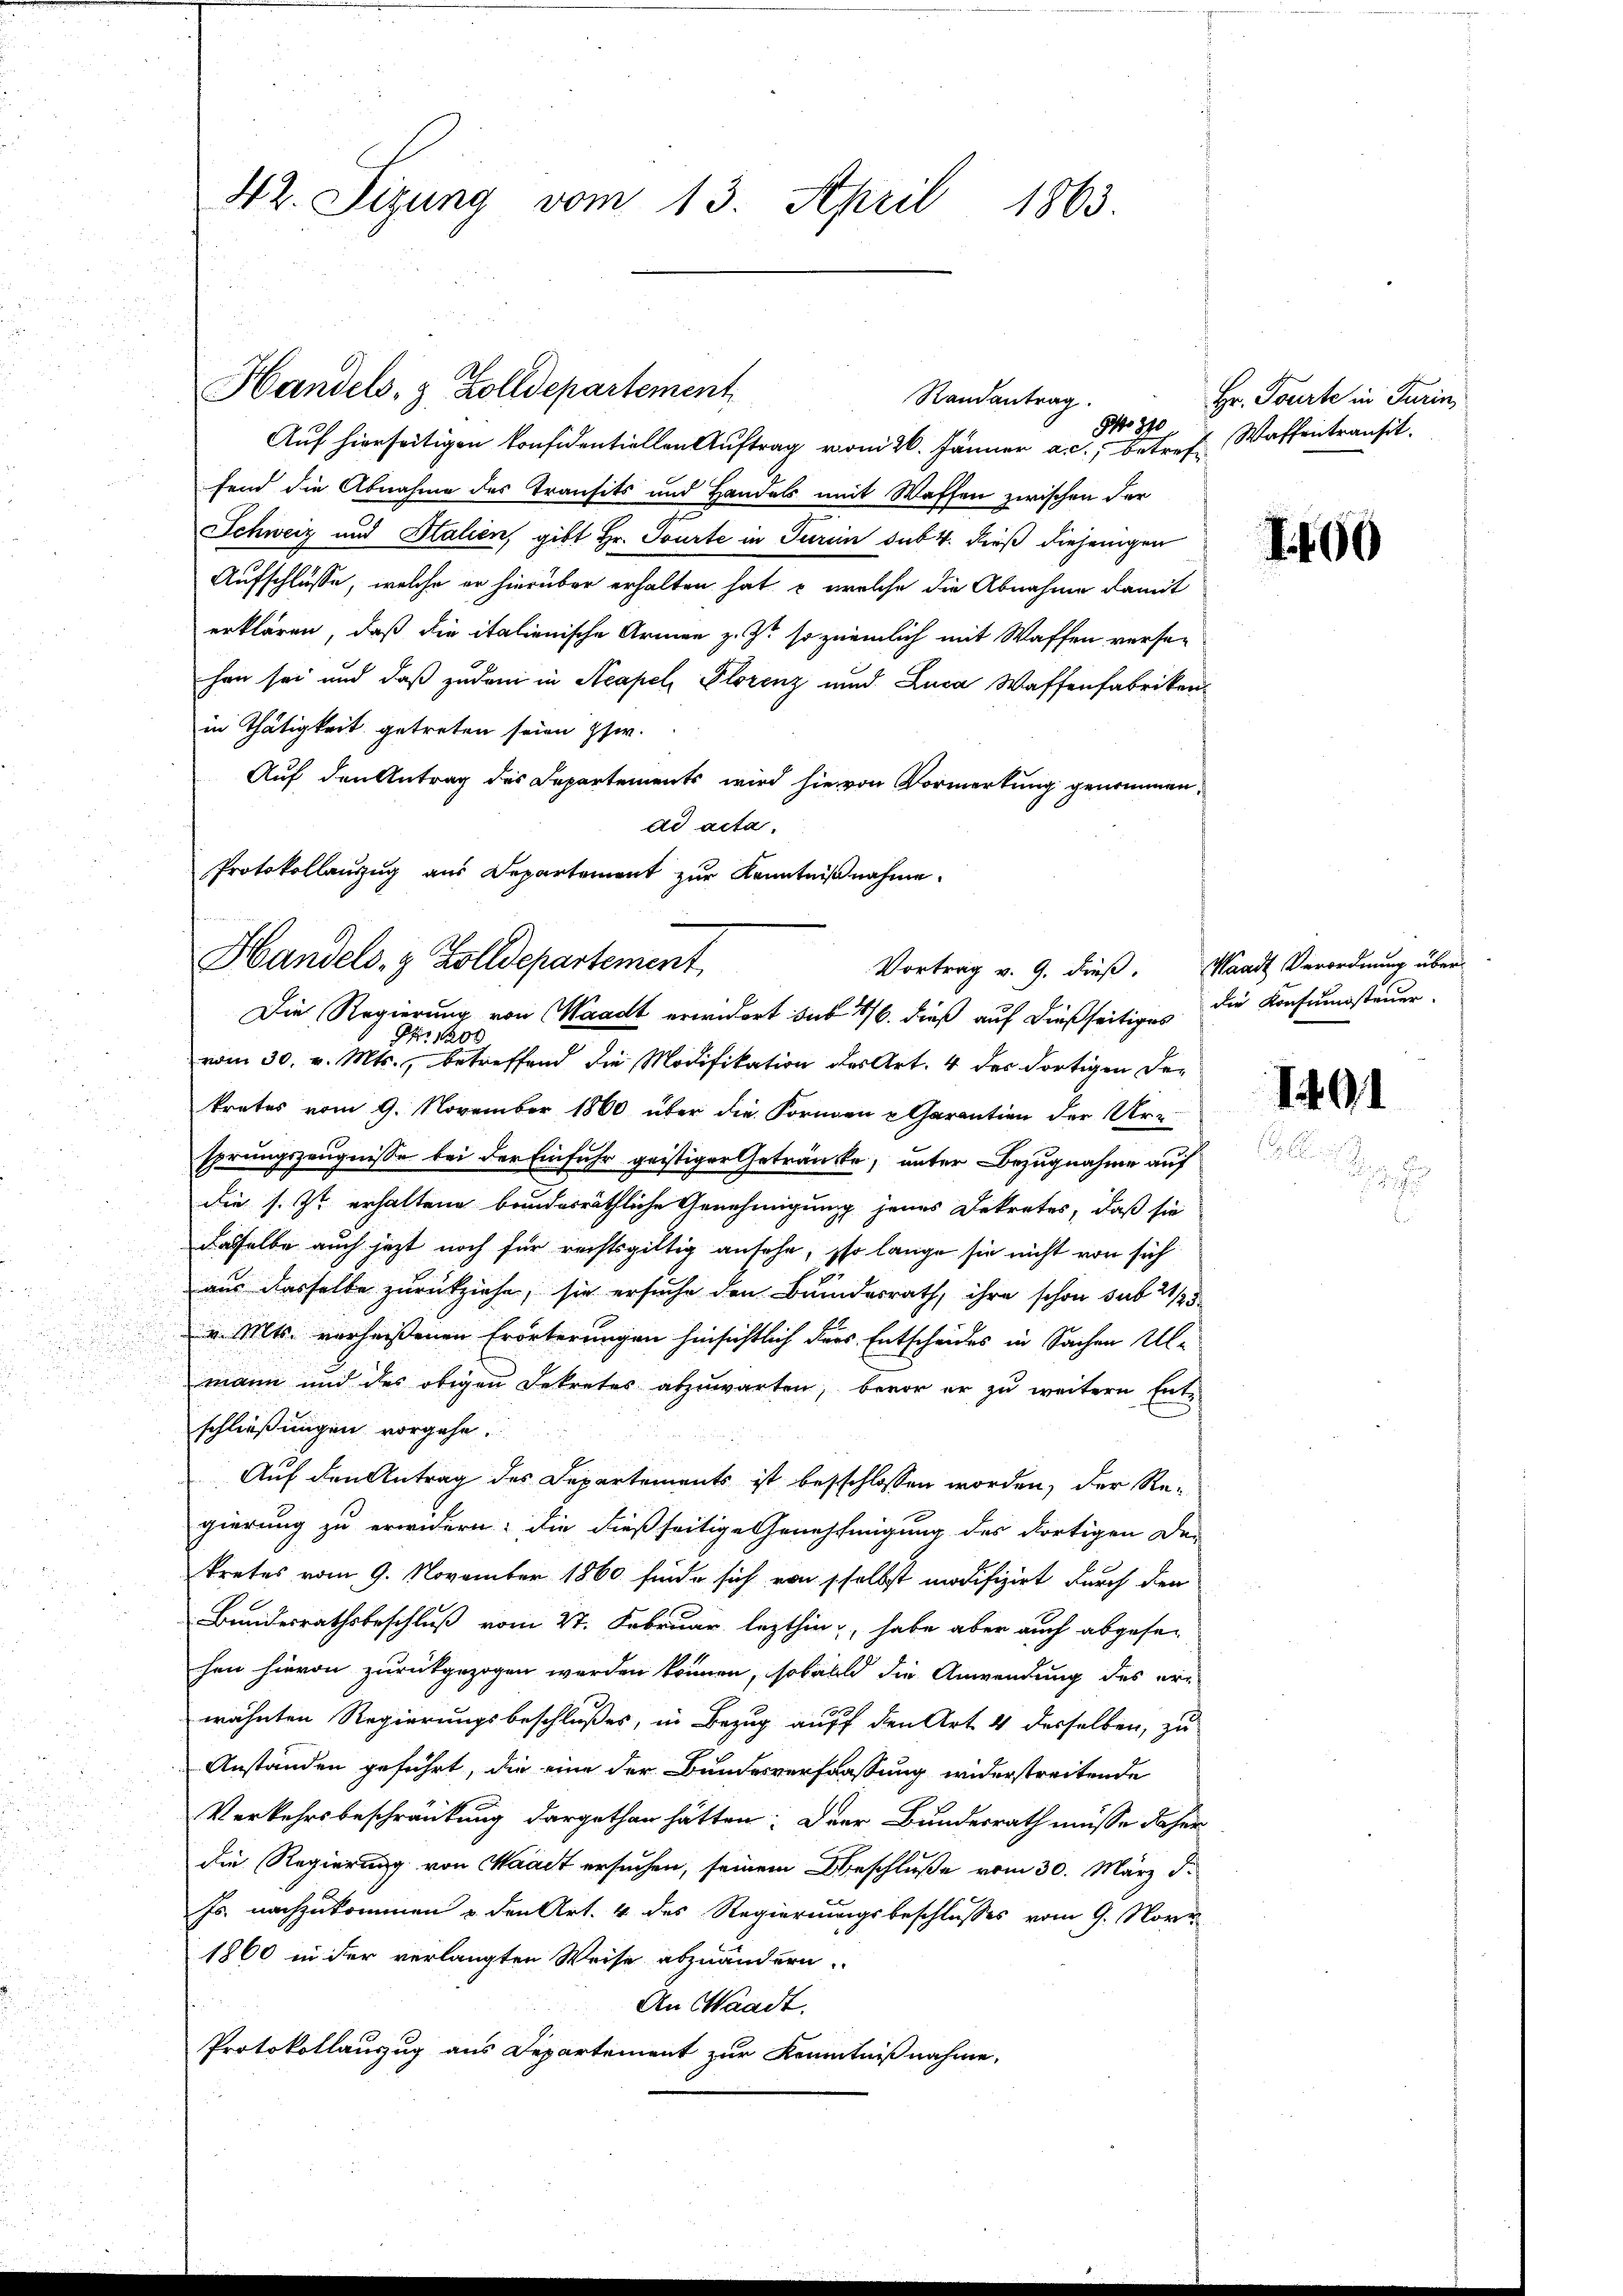
42. Sizung vom 13. April 1863.

Handels- & Zolldepartement

Randantrag.
o. 370

Handels- & Zolldepartement
Die Regierung von Waadt erwidert sub 16. dieß auf dießseitiges die Konsumsteuer

Auf hierseitigen konsidentiellen Auftrag vom 26. Jänner a. c., betref Waffentransit
fend die Abnahme des Transits und Handels mit Waffen zwischen der
Schweiz und Stalien, gibt Hr. Tourte in Turin sub 4. dieß diejenigen
Aufschlüsse, welche er hierüber erhalten hat, welche die Abnahme damit
erklären, daß die italienische Armen z. Z. so ziemlich mit Waffen versehan sei und daß zudem in Acapel Florenz und Luca Waffenfabrikenin Thätigkeit getreten seien psw.
Auf den Antrag des Departements wird hievon Vormerkung genommen,
dd acta.
Protokollauszug aus Departement zur Kenntnißnahme.

82: 1200
vom 30. v. Mts., betreffend die Modifikation des Art. 4 des dortigen De-
krates vom 9. November 1860 über die Formen u Garantion der Ur-
sprungszeugnisse bei der Einfuhr geistiger Getränkte, unter Bezugnahme auf
die s. Zt. erhaltene bandesräthliche Genehmigung jenes Dekretes, daß sie
dasselbe auch jetzt noch für rechtsgültig ansehe, so lange sie nicht von sich
aus desselbe zurückziehe, sie ersuche den Bundesrath, ihre schon sub 21/25
v. Mts. verheißenen Erörterungen hinsichtlich ders Entscheides in Sachen Ulmann und des obigen Dekretes abzuwarten, bevor er zu weitere Entschließungen vorgehe.
Auf den Antrag des Departements ist besschlossen worden, der Re-
gierung zu erwidern: die dießseitige Genehmigung des dortigen De-
tretes vom 9. November 1860 finde sich von selbst modifizirt durch den
Bundesrathsbeschluß vom 27. Februar lezthin, habe aber auch abgesehen hievon zurückgezogen werden können, sobald die Anwendung des er-
wähnten Regierungsbeschlußes, in Bezug auff den Art. 4 desselben, zu
Anständen geführt, die eine der Bundesverfassung widerstreitende
Verkehrsbeschränkung dargethan hätten. Der Bundesrath müsse daher
die Regierung von Waadt ersuchen, seinem Beschluße vom 30. März d.
Js. nachzukommen u. den Art. 4 des Regierungsbeschlusses vom 9. Nove
1860 in der verlangten Weise abzuändern.
An Waadt.
Protokollauszug aus Departement zur Kenntnißnahme,

Hr. Tourte in Turin

I400

Vortrag v. 9. dieß. Waadt Verordnung über

1401

i